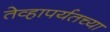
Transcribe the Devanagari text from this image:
तेव्हापर्यतच्या